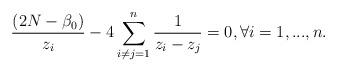
LaTeX: \begin{align*}\frac{(2N-\beta_0)}{z_i}-4\sum^{n}_{i\neq j=1}\frac{1}{{z_i-z_j}}=0, \forall i=1,...,n.\end{align*}